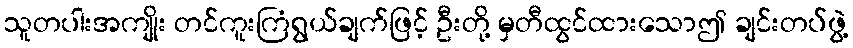
သူတပါးအကျိုး တင်ကူးကြံရွယ်ချက်ဖြင့် ဦးတို့ မှတီထွင်ထားသောဤ ချင်းတပ်ဖွဲ့